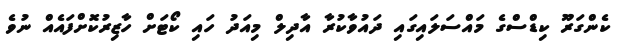
ކެންގަރޫ ކިޑްސްގެ މައްސަލައިގައި ދައުވާކުރާ އާދިލް މިއަދު ހައި ކޯޓަށް ހާޒިރުކޮށްފައެއް ނުވެ